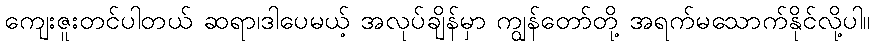
ကျေးဇူးတင်ပါတယ် ဆရာ၊ဒါပေမယ့် အလုပ်ချိန်မှာ ကျွန်တော်တို့ အရက်မသောက်နိုင်လို့ပါ။